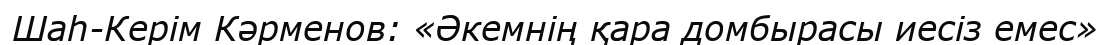
Шаһ-Керім Кәрменов: «Әкемнің қара домбырасы иесіз емес»